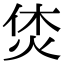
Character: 𤈢